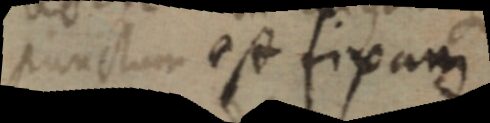
punctum est fixam